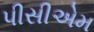
પીસીએમ